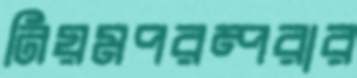
নিয়মপরম্পরার